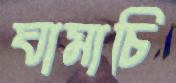
ঘামাচি